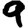
Digit: 9